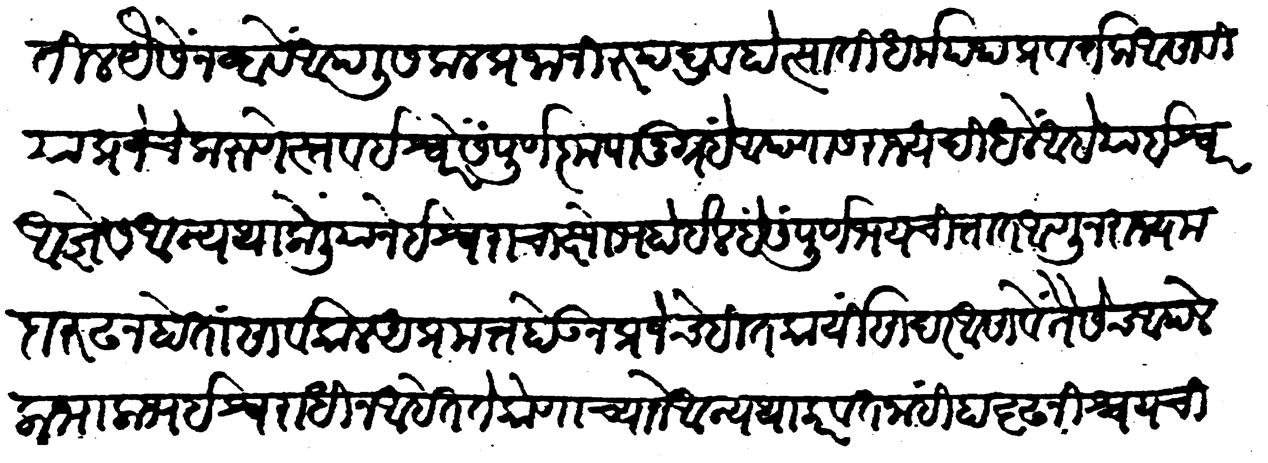
Transliteration (Devanagari): पावतील यैसें न व्हावें आपली सकल प्रजा निरुपद्रव होत्साती धर्मपथ प्रवर्तक असावी या प्रजेचे करुणेस्तव ईश्वरें संपूर्ण कृपानुग्रहें आपणास राज्य दिधलें आहे या ईश्वर आज्ञेस अन्यथा केलियाने ईश्वराचा क्षोभ होईल हें संपूर्ण भय चित्तांत आणून राज्य मदा रुढ न होतां सार्वकाळ अप्रमत्त होऊन प्रजेचे हितकार्थी सादर असावें तैसेच आपले लाभालाभ ईश्वराधीन आहेत ते कोणाच्याने अन्यथा करवत नाहीं हा दृढ निश्चय चित्तात